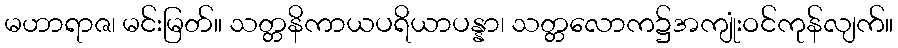
မဟာရာဇ၊ မင်းမြတ်။ သတ္တနိကာယပရိယာပန္နာ၊ သတ္တလောက၌အကျုံးဝင်ကုန်လျက်။